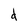
Character: d